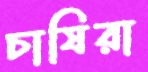
চাষিরা